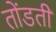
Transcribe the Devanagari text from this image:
तोंडती